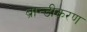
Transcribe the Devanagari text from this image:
ब्रान्डीकरण